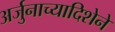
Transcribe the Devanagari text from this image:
अर्जुनाच्यादिशेने